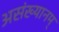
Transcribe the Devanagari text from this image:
असंख्यानम्‌